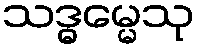
သဒ္ဓမ္မေသု